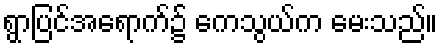
ရွာပြင်အရောက်၌ ကေသွယ်က မေးသည်။